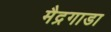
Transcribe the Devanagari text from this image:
मैद्रगाडा